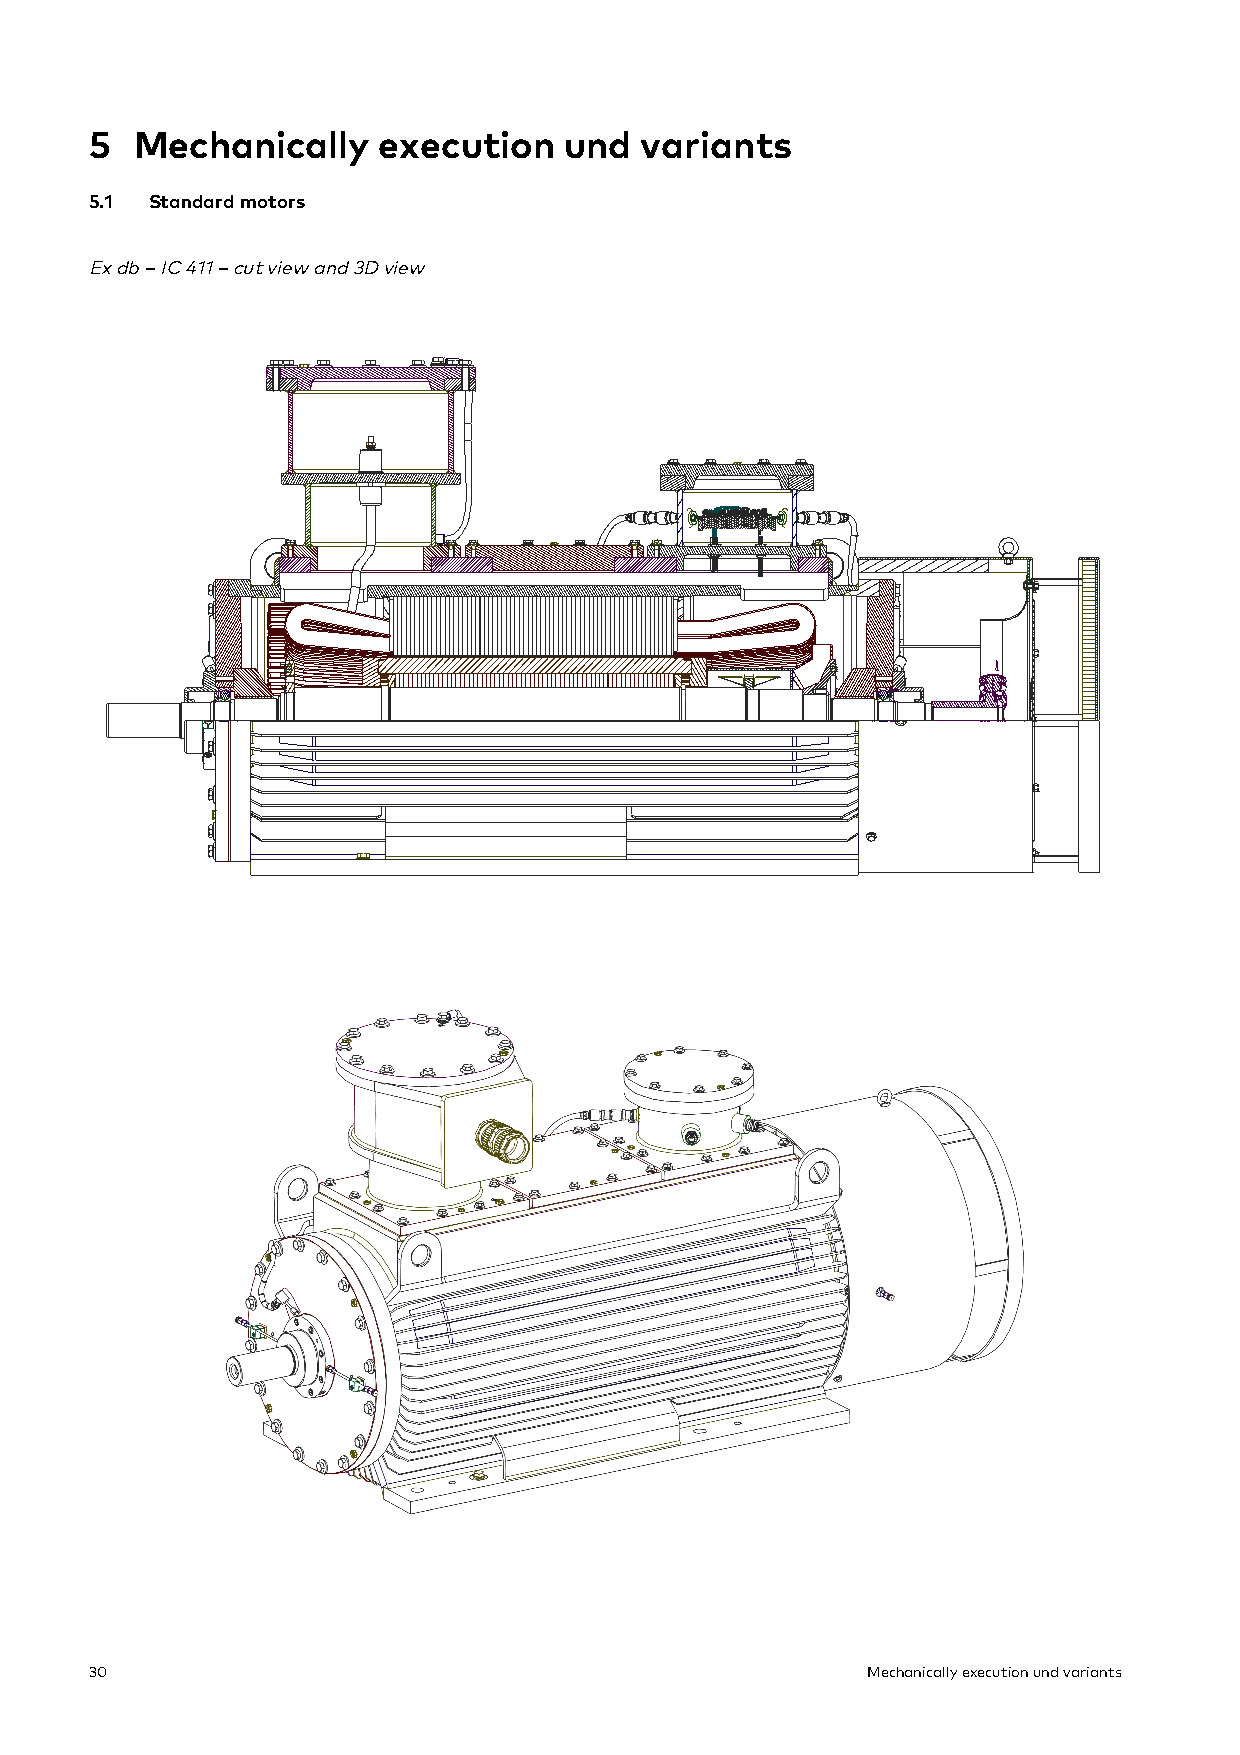
5  Mechanically    execution   und  variants
 5.1 Standard motors
 Ex db – IC 411 – cut view and 3D view
 30                                                 Mechanically execution und variants